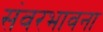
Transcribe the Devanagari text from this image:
संवरभावना